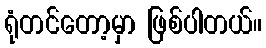
ရုံတင်တော့မှာ ဖြစ်ပါတယ်။